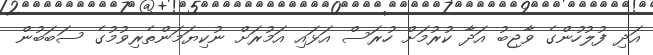
އަދި ފުލުހުންގެ ވާޖިބު އަދާ ކުރުމަށް ހުރަސް އަޅައި އަމުރަށް ނުކިޔަމަންތެރިވުމުގެ ސަބަބުން